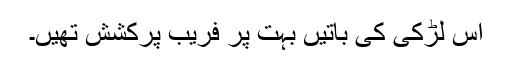
اس لڑکی کی باتیں بہت پر فریب پرکشش تھیں۔